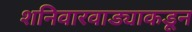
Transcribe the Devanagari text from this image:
शनिवारवाड्याकडून